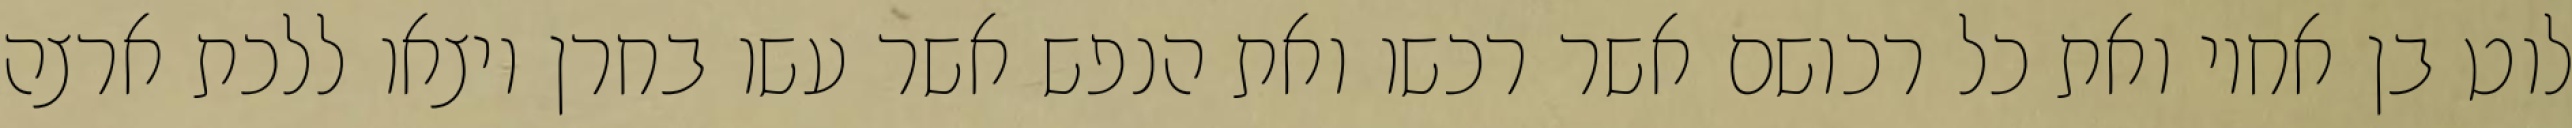
לוט בן אחיו ואת כל רכושם אשר רכשו ואת הנפש אשר עשו בחרן ויצאו ללכת ארצה